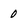
Character: 0